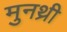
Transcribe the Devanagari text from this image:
मुनथ्री